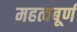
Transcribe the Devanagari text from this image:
महत्वबूर्ण